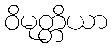
ဝိမုတ္တိယာ